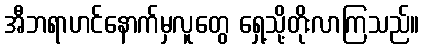
အီဘရာဟင်နောက်မှလူတွေ ရှေ့သို့တိုးလာကြသည်။